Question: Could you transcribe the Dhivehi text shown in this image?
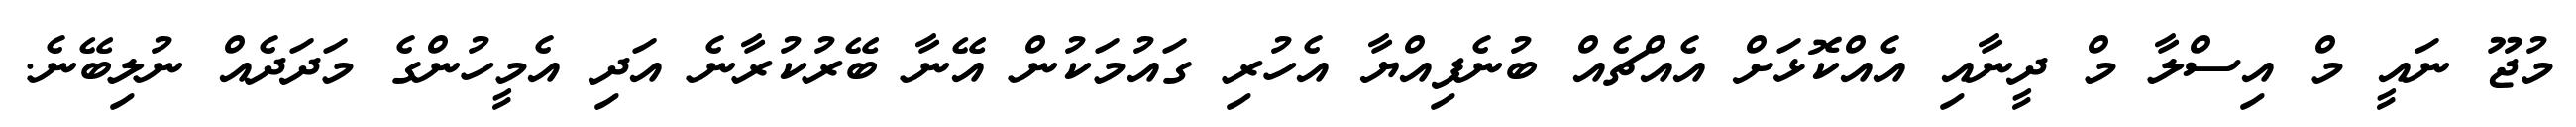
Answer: މުޖޫ ނައީ މް އިސްލާ މް ދީނާއި އެއްކޮޅަށް އެއްޗެއް ބުނެފިއްޔާ އެހުރި ގައުމަކުން އޭނާ ބޭރުކުރާނެ އަދި އެމީހުންގެ މަދަދެއް ނުލިބޭނެ.